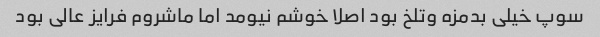
سوپ خیلی بدمزه و‌تلخ بود اصلا خوشم نیومد اما ماشروم فرایز عالی بود